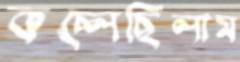
কচ্‌লেছিলাম